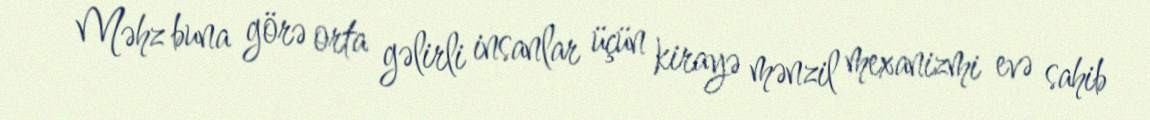
Məhz buna görə orta gəlirli insanlar üçün kirayə mənzil mexanizmi evə sahib